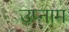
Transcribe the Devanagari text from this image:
उप्नाम